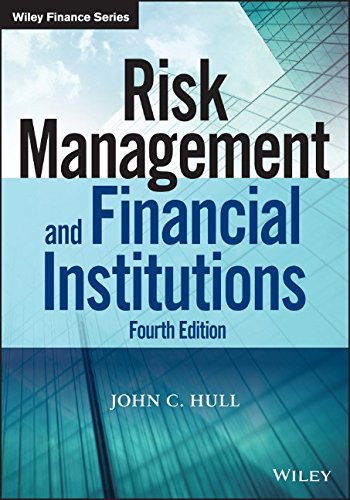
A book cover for Risk Management and Financial Institutions (Wiley Finance); John C. Hull; Business & Money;